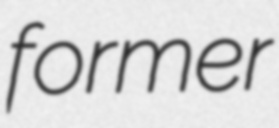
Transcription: former